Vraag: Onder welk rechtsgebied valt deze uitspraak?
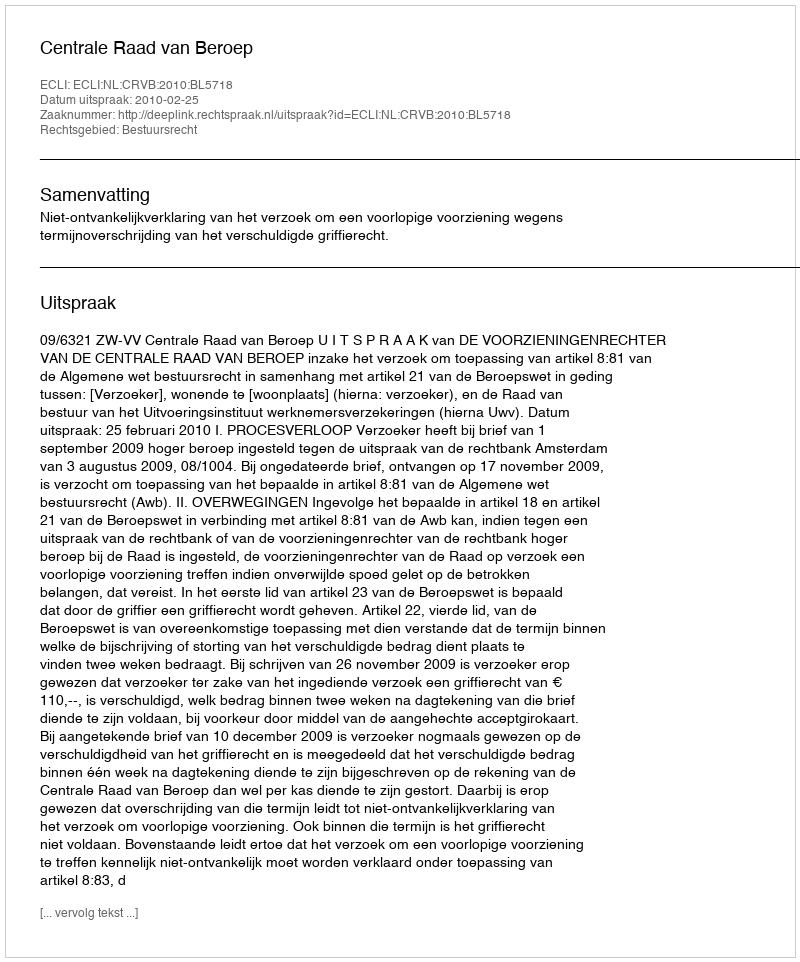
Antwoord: Bestuursrecht